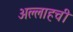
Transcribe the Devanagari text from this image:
अल्लाहची